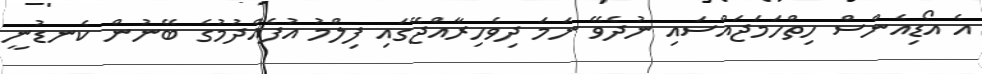
އެ އޯޑިއެންސް ހިތްހަމަޖައްސައި ނުދެވޭ ނަމަ ދިވެހިރާއްޖޭގައި ފިލްމު އުފެއްދުމުގެ ބޭނުން ކެނޑުނީ